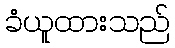
ခံယူထားသည်